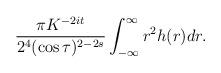
LaTeX: \begin{align*}\frac{\pi K^{-2it}}{2^4(\cos\tau)^{2-2s}}\int_{-\infty}^{\infty}r^2h(r)dr.\end{align*}